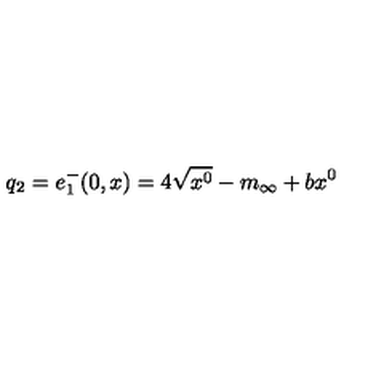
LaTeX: q _ { 2 } = e _ { 1 } ^ { - } ( 0 , x ) = 4 \sqrt { x ^ { 0 } } - m _ { \infty } + b x ^ { 0 }